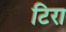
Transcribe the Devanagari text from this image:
टिरा